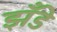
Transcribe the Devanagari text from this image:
झँडे